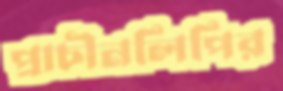
প্রাচীনলিপির